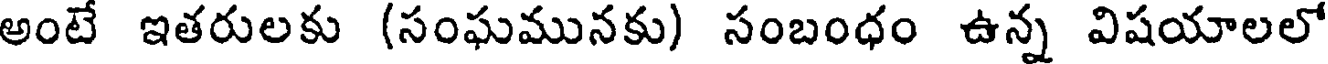
అంటే ఇతరులకు (సంఘమునకు) సంబంధం ఉన్న విషయాలలో